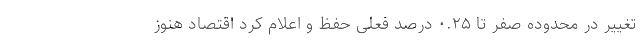
تغییر در محدوده صفر تا ۰.۲۵ درصد فعلی حفظ و اعلام کرد اقتصاد هنوز